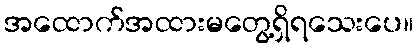
အထောက်အထားမတွေ့ရှိရသေးပေ။